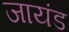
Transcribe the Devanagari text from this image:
जायंड